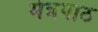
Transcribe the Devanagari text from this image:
मंत्रपाठ